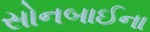
સોનબાઈના